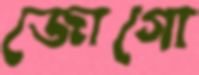
জোগো